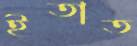
ইতাত